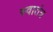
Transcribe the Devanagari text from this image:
स्‍वातंत्र